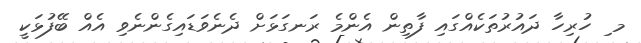
މ ި ހުރިހާ ދައުރުތަކެއްގައި ފާތިން އެންމެ ރަނގަޅަށް ދެނެވަޑައިގެންނެވި އެއް ބޭފުޅަކީ